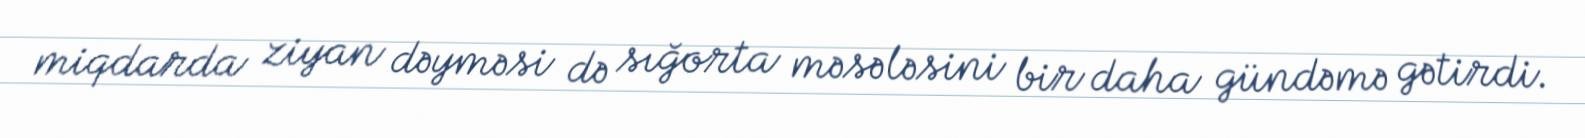
miqdarda ziyan dəyməsi də sığorta məsələsini bir daha gündəmə gətirdi.